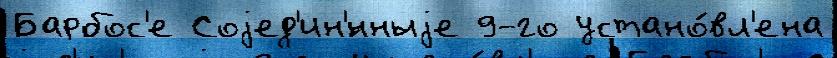
Барбос'е Соjед'ин'́нныjе 9-го устано́вл'ена